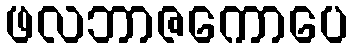
ဖလဘာဇကောပေ